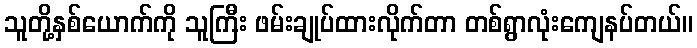
သူတို့နှစ်ယောက်ကို သူကြီး ဖမ်းချုပ်ထားလိုက်တာ တစ်ရွာလုံးကျေနပ်တယ်။